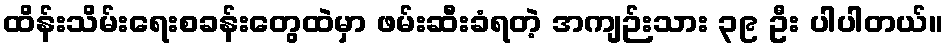
ထိန်းသိမ်းရေးစခန်းတွေထဲမှာ ဖမ်းဆီးခံရတဲ့ အကျဉ်းသား ၃၉ ဦး ပါပါတယ်။